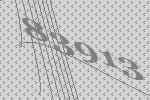
83913